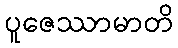
ပူဇေဿာမာတိ